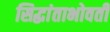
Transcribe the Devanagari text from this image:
सिद्धांताभोवती